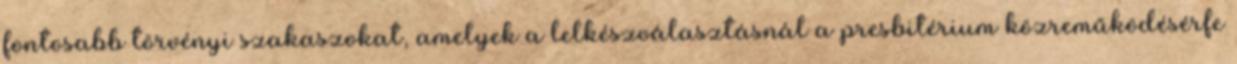
fontosabb törvényi szakaszokat, amelyek a lelkészválasztásnál a presbitérium közreműködésérfe